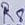
Text: R5